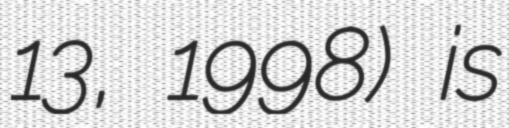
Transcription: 13, 1998) is